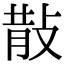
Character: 𭣹